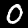
Label: 0